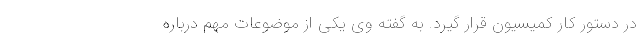
در دستور کار کمیسیون قرار گیرد. به گفته‌ وی یکی از موضوعات مهم درباره